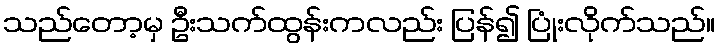
သည်တော့မှ ဦးသက်ထွန်းကလည်း ပြန်၍ ပြုံးလိုက်သည်။